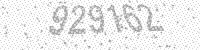
Solution: 929162